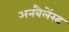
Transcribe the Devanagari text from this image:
अनबैलेंस्ड